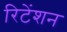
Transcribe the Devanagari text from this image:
रिटेंशन